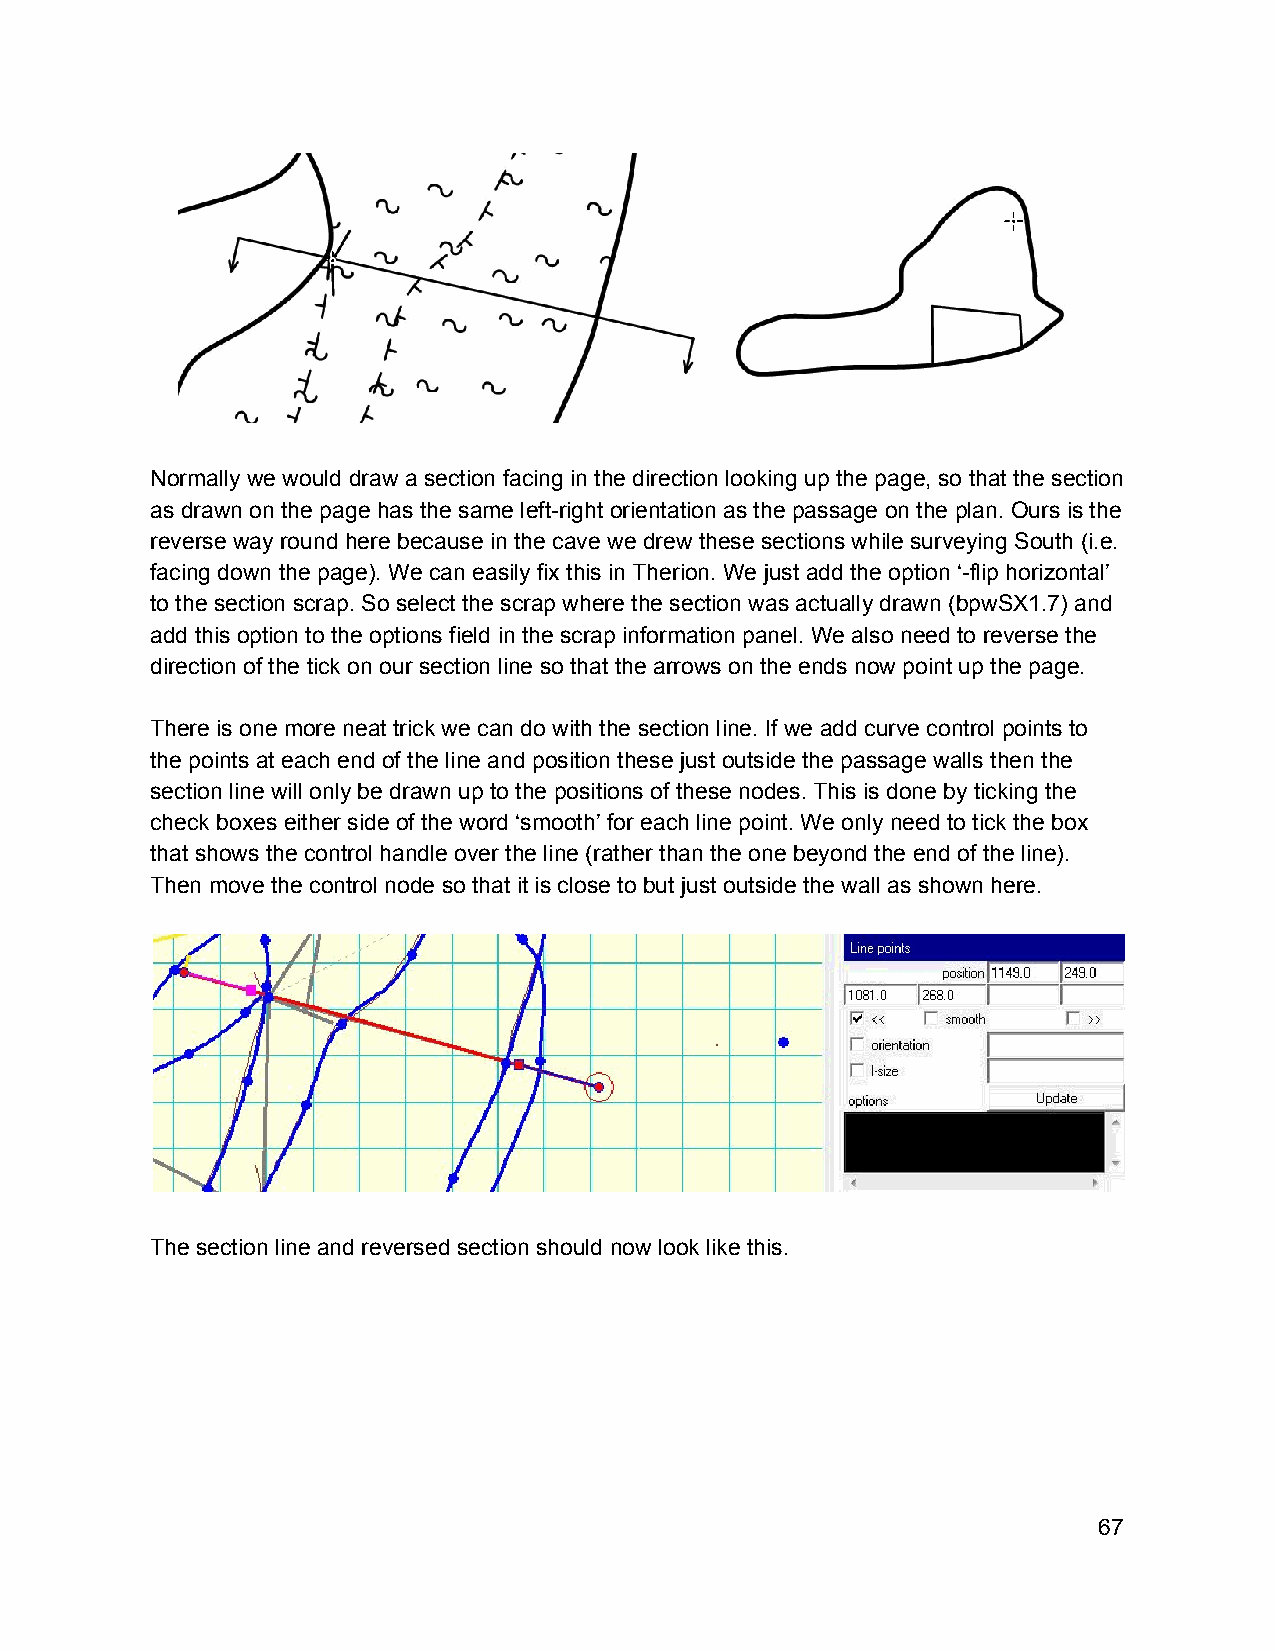
Normally we would draw a section facing in the direction looking up the page, so that the section
 as drawn on the page has the same left­right orientation as the passage on the plan. Ours is the
 reverse way round here because in the cave we drew these sections while surveying South (i.e.
 facing down the page). We can easily fix this in Therion. We just add the option ‘­flip horizontal’
 to the section scrap. So select the scrap where the section was actually drawn (bpwSX1.7) and
 add this option to the options field in the scrap information panel. We also need to reverse the
 direction of the tick on our section line so that the arrows on the ends now point up the page.
 There is one more neat trick we can do with the section line. If we add curve control points to
 the points at each end of the line and position these just outside the passage walls then the
 section line will only be drawn up to the positions of these nodes. This is done by ticking the
 check boxes either side of the word ‘smooth’ for each line point. We only need to tick the box
 that shows the control handle over the line (rather than the one beyond the end of the line).
 Then move the control node so that it is close to but just outside the wall as shown here.
 The section line and reversed section should now look like this.
 67